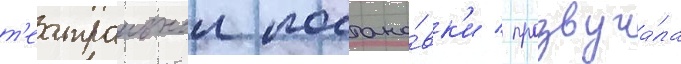
т'еатральнои постано́вк'и / прозвуча́ла